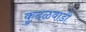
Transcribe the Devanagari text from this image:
कुदळवाडी